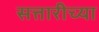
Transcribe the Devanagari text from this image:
सत्तारीच्या